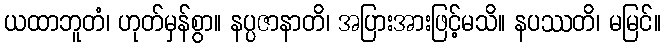
ယထာဘူတံ၊ ဟုတ်မှန်စွာ။ နပ္ပဇာနာတိ၊ အပြားအားဖြင့်မသိ။ နပဿတိ၊ မမြင်။